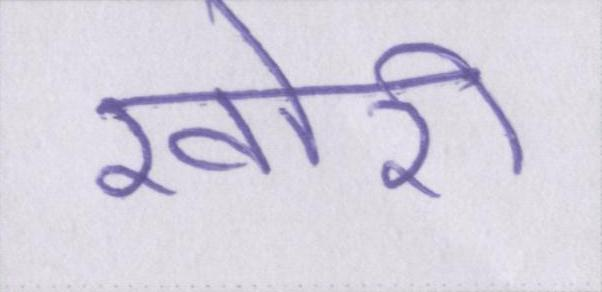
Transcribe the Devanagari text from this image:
खोरी